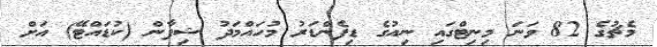
މެޗުގެ 82 ވަނަ މިނިޓްގައި ނިއުގެ ޑިފެންޑަރު މުހައްމަދު ޝިފާން (ކުޑައްޓޭ) އަށް